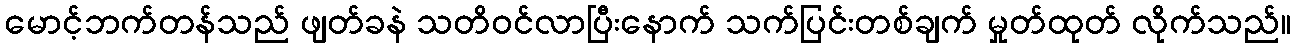
မောင့်ဘက်တန်သည် ဖျတ်ခနဲ သတိဝင်လာပြီးနောက် သက်ပြင်းတစ်ချက် မှုတ်ထုတ် လိုက်သည်။